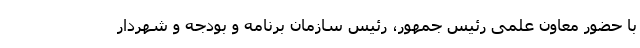
با حضور معاون علمی رئیس جمهور، رئیس سازمان برنامه و بودجه و شهردار